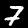
Digit: 7